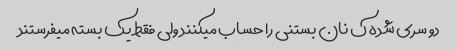
دو سری شده ک نان بستنی را حساب میکنند ولی فقط یک بسته میفرستند